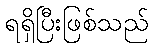
ရရှိပြီးဖြစ်သည်